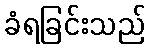
ခံရခြင်းသည်